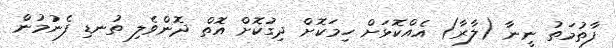
ފާތުމަތު ނީނާ (ލާރާ) އެއްކޮޅަށް ހިމަކޮށް ދިގުކޮށް އޮތް ދޮންވެލި ތުނޑި ފެނުމުން